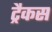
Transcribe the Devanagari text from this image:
ट्रैकस